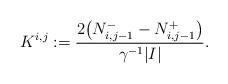
LaTeX: \begin{align*}K^{i,j}:=\frac{2\big(N_{i,j-1}^{-}-N_{i,j-1}^{+}\big)}{\gamma^{-1}|I|}.\end{align*}